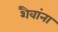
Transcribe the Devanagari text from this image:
शैवांना